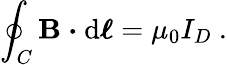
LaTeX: \oint_{C}\mathbf{B}\ {\boldsymbol{\cdot}}\ \mathrm{d}{\boldsymbol{\ell}}=\mu_{0}I_{D}\ .